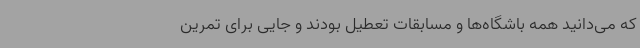
که می‌دانید همه باشگاه‌ها و مسابقات تعطیل بودند و جایی برای تمرین